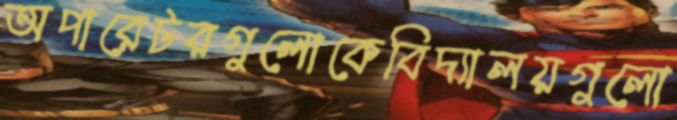
অপারেটরগুলোকেবিদ্যালয়গুলো